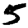
Digit: 5